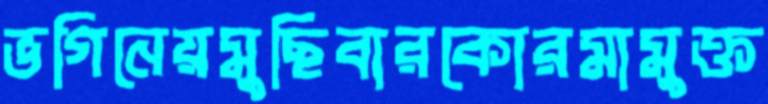
ভগিনেয়মুছিবারকোরমামুক্ত